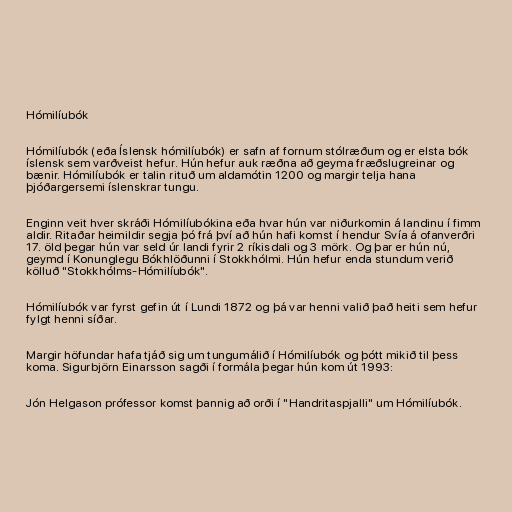
Hómilíubók

Hómilíubók (eða Íslensk hómilíubók) er safn af fornum stólræðum og er elsta bók
íslensk sem varðveist hefur. Hún hefur auk ræðna að geyma fræðslugreinar og
bænir. Hómilíubók er talin rituð um aldamótin 1200 og margir telja hana
þjóðargersemi íslenskrar tungu.

Enginn veit hver skráði Hómilíubókina eða hvar hún var niðurkomin á landinu í fimm
aldir. Ritaðar heimildir segja þó frá því að hún hafi komst í hendur Svía á ofanverðri
17. öld þegar hún var seld úr landi fyrir 2 ríkisdali og 3 mörk. Og þar er hún nú,
geymd í Konunglegu Bókhlöðunni í Stokkhólmi. Hún hefur enda stundum verið
kölluð "Stokkhólms-Hómilíubók".

Hómilíubók var fyrst gefin út í Lundi 1872 og þá var henni valið það heiti sem hefur
fylgt henni síðar.

Margir höfundar hafa tjáð sig um tungumálið í Hómilíubók og þótt mikið til þess
koma. Sigurbjörn Einarsson sagði í formála þegar hún kom út 1993:

Jón Helgason prófessor komst þannig að orði í "Handritaspjalli" um Hómilíubók.